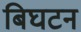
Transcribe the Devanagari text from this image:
बिघटन